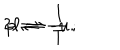
2 \ell \rightleftharpoons \frac { 1 } { T } \, ; \hspace { 2 c m } p \rightleftharpoons - u .